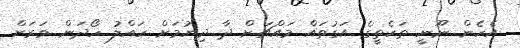
އެހެން ނޫނީ ތަކެތީގެ އަގުތައް މައްޗަށް ދާ ދިޔުމަށް ހައްލު ހޯދަން ވަރަށް